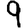
Digit: 9